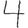
Digit: 4